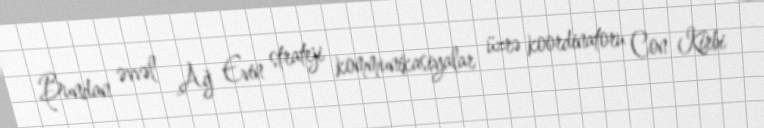
Bundan əvvəl Ağ Evin strateji kommunikasiyalar üzrə koordinatoru Con Kirbi